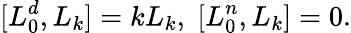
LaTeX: [L_{0}^{d},L_{k}]=kL_{k},\; [L_{0}^{n},L_{k}]=0.